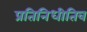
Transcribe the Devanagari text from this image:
प्रतिनिधीतिव